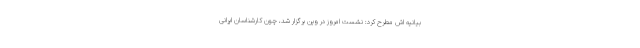
بیانیه اش مطرح کرد: نشست امروز در وین برگزار شد، چون کارشناسان ایرانی